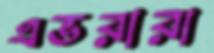
এভরারা